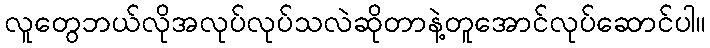
လူတွေဘယ်လိုအလုပ်လုပ်သလဲဆိုတာနဲ့တူအောင်လုပ်ဆောင်ပါ။